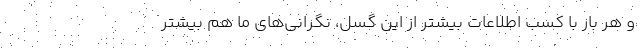
و هر بار با کسب اطلاعات بیشتر از این گسل، نگرانی‌های ما هم بیشتر